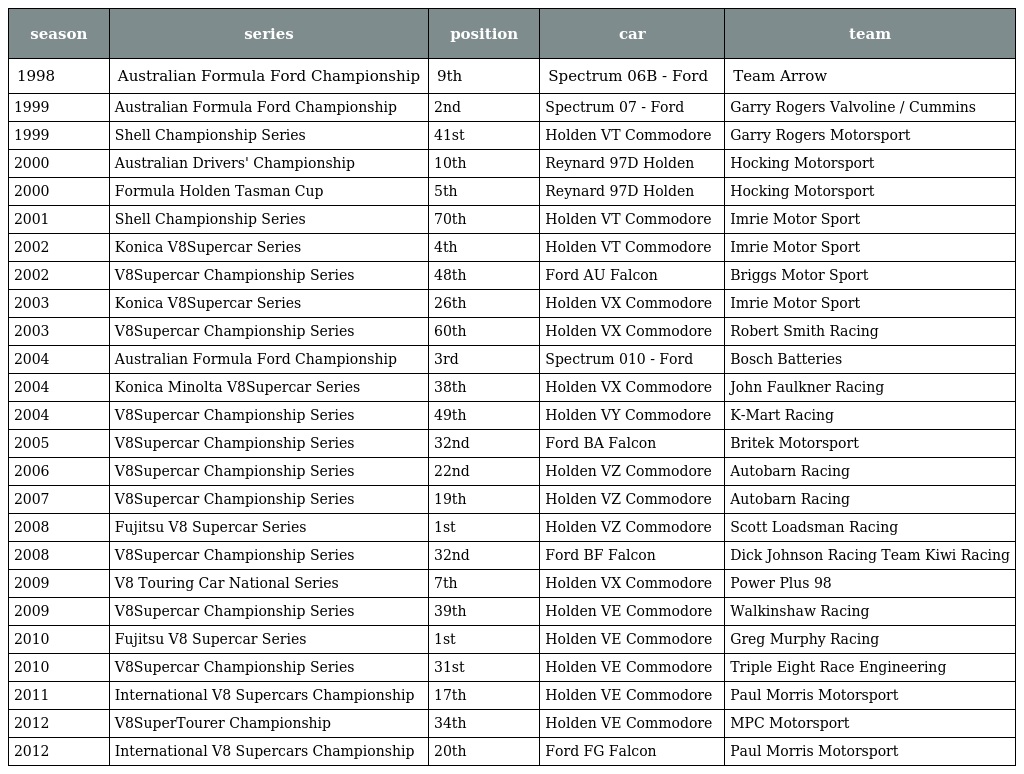
| season | series | position | car | team |
 | --- | --- | --- | --- | --- |
 | 1998 | Australian Formula Ford Championship | 9th | Spectrum 06B - Ford | Team Arrow |
 | 1999 | Australian Formula Ford Championship | 2nd | Spectrum 07 - Ford | Garry Rogers Valvoline / Cummins |
 | 1999 | Shell Championship Series | 41st | Holden VT Commodore | Garry Rogers Motorsport |
 | 2000 | Australian Drivers' Championship | 10th | Reynard 97D Holden | Hocking Motorsport |
 | 2000 | Formula Holden Tasman Cup | 5th | Reynard 97D Holden | Hocking Motorsport |
 | 2001 | Shell Championship Series | 70th | Holden VT Commodore | Imrie Motor Sport |
 | 2002 | Konica V8Supercar Series | 4th | Holden VT Commodore | Imrie Motor Sport |
 | 2002 | V8Supercar Championship Series | 48th | Ford AU Falcon | Briggs Motor Sport |
 | 2003 | Konica V8Supercar Series | 26th | Holden VX Commodore | Imrie Motor Sport |
 | 2003 | V8Supercar Championship Series | 60th | Holden VX Commodore | Robert Smith Racing |
 | 2004 | Australian Formula Ford Championship | 3rd | Spectrum 010 - Ford | Bosch Batteries |
 | 2004 | Konica Minolta V8Supercar Series | 38th | Holden VX Commodore | John Faulkner Racing |
 | 2004 | V8Supercar Championship Series | 49th | Holden VY Commodore | K-Mart Racing |
 | 2005 | V8Supercar Championship Series | 32nd | Ford BA Falcon | Britek Motorsport |
 | 2006 | V8Supercar Championship Series | 22nd | Holden VZ Commodore | Autobarn Racing |
 | 2007 | V8Supercar Championship Series | 19th | Holden VZ Commodore | Autobarn Racing |
 | 2008 | Fujitsu V8 Supercar Series | 1st | Holden VZ Commodore | Scott Loadsman Racing |
 | 2008 | V8Supercar Championship Series | 32nd | Ford BF Falcon | Dick Johnson Racing Team Kiwi Racing |
 | 2009 | V8 Touring Car National Series | 7th | Holden VX Commodore | Power Plus 98 |
 | 2009 | V8Supercar Championship Series | 39th | Holden VE Commodore | Walkinshaw Racing |
 | 2010 | Fujitsu V8 Supercar Series | 1st | Holden VE Commodore | Greg Murphy Racing |
 | 2010 | V8Supercar Championship Series | 31st | Holden VE Commodore | Triple Eight Race Engineering |
 | 2011 | International V8 Supercars Championship | 17th | Holden VE Commodore | Paul Morris Motorsport |
 | 2012 | V8SuperTourer Championship | 34th | Holden VE Commodore | MPC Motorsport |
 | 2012 | International V8 Supercars Championship | 20th | Ford FG Falcon | Paul Morris Motorsport |